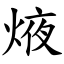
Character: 焲